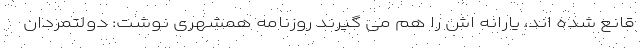
قانع شده اند، یارانه اش را هم می گیرند روزنامه همشهری نوشت: دولتمردان